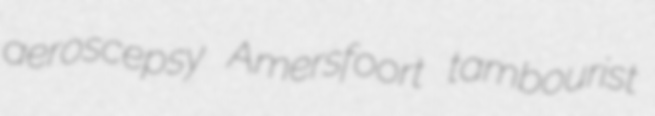
aeroscepsy Amersfoort tambourist